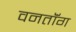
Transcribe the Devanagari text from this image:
वनतॉंग